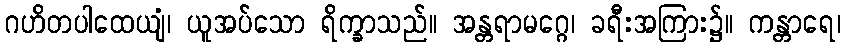
ဂဟိတပါထေယျံ၊ ယူအပ်သော ရိက္ခာသည်။ အန္တရာမဂ္ဂေ၊ ခရီးအကြား၌။ ကန္တာရေ၊